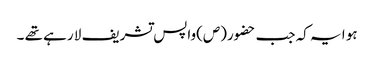
ہو ا یہ کہ جب حضور(ص)واپس تشریف لا رہے تھے ۔